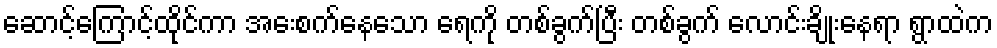
ဆောင့်ကြောင့်ထိုင်ကာ အေးစက်နေသော ရေကို တစ်ခွက်ပြီး တစ်ခွက် လောင်းချိုးနေရာ ရွာထဲက